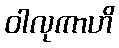
ဝါလုကာဟိ